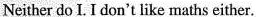
Neither do I. I don't like maths either.